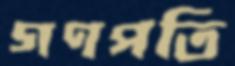
গণপতি